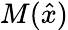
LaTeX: M({\hat{x}})